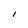
Character: I